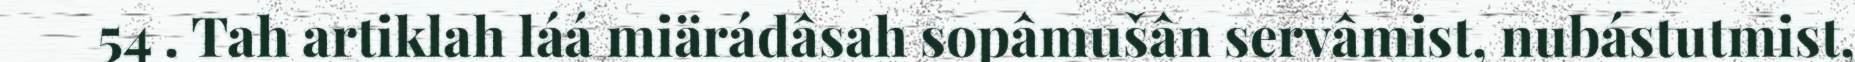
54 . Tah artiklah láá miärádâsah sopâmušân servâmist, nubástutmist,